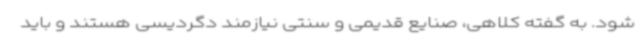
شود. به گفته کلاهی، صنایع قدیمی و سنتی نیازمند دگردیسی هستند و باید